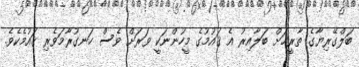
ބަލްގޭރިޔާގެ ތާރީޚަށް ބަލާއިރު އެ ޤައުމުގެ މީހުންނަކީ ވަރަށް ވެސް ހަނގުރާމަވެރި ޤައުމެކެވެ.